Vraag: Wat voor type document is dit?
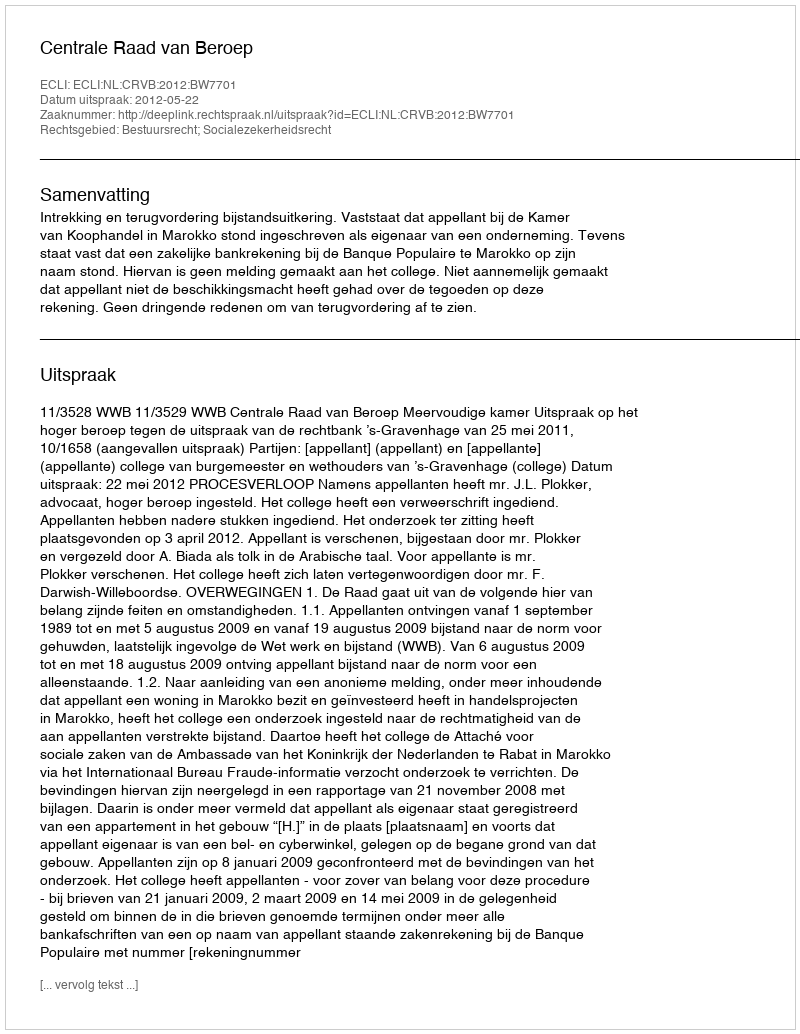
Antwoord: Uitspraak